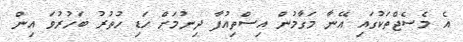
އެ މެސެޖްތަކުގައި އޭނާ މަގާމުން އިސްތިއުފާ ދިނުމަށް ހަޑި ހުތުރު ބަހުރުވަ އިން